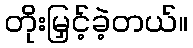
တိုးမြှင့်ခဲ့တယ်။